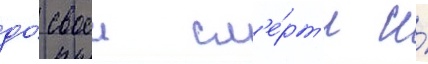
до́ своеи см'е́рт'и и́